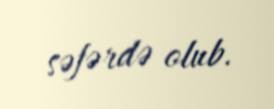
səfərdə olub.